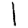
Digit: 1